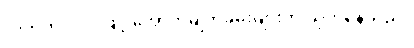
လက်ကိုင်ပဝါဖြင့် အောက်မျက်ခမ်းများကို သုတ်နေသည်။